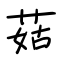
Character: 菇